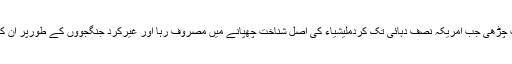
ترک تیوری مزید اس وقت چڑھی جب امریکہ نصف دہائی تک کردملیشیاء کی اصل شناخت چھپانے میں مصروف رہا اور غیرکرد جنگجووں کے طورپر ان کی حوصلہ افزائی کرتا رہا۔